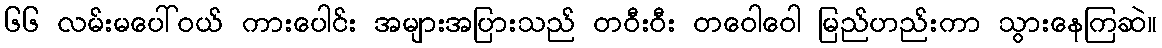
၆၆ လမ်းမပေါ်ဝယ် ကားပေါင်း အများအပြားသည် တဝီးဝီး တဝေါဝေါ မြည်ဟည်းကာ သွားနေကြဆဲ။